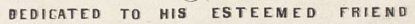
DEDICATED TO HIS ESTEEMED FRIEND